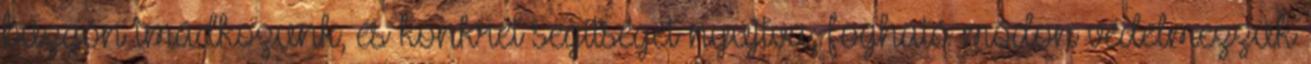
buzgón imádkozunk, és konkrét segítséget nyújtva, fogható módon védelmezzük